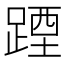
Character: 𲃰